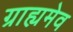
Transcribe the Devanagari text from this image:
ग्राह्यमेव